Annual report of the Punjab Veterinary College and of the Civil Veterinary Department, Punjab - 1909-1919
Year: 1909
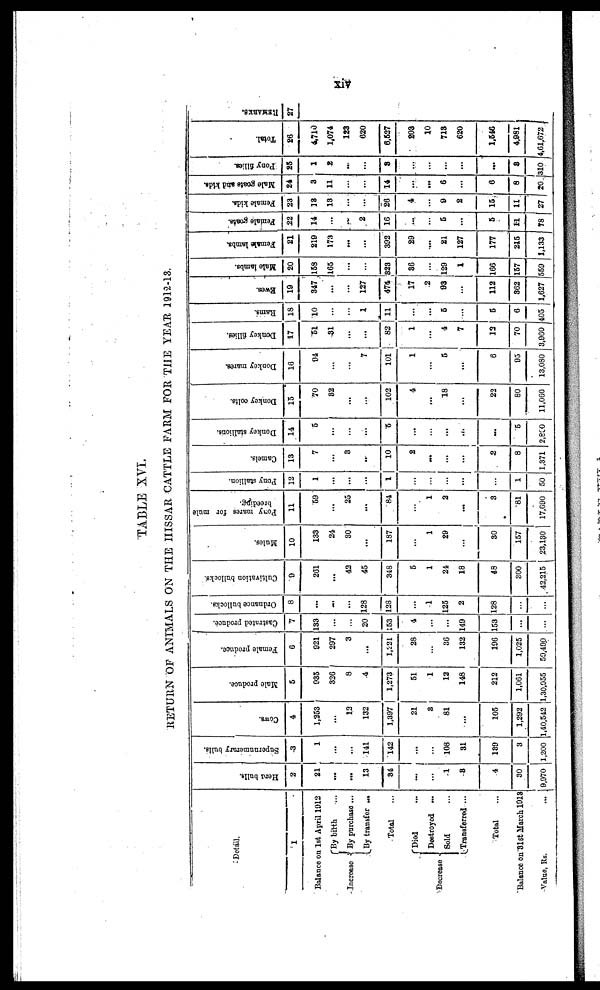
xiv
TABLE XVI.
RETURN OF ANIMALS ON THE HISSAR CATTLE FARM FOR THE YEAR 1912-13.
Detail.
1
Balance on 1st April 1912
Increase
Decrease
By birth ...
By purchase ...
By transfer ...
Total ...
Died ...
Destroyed ...
Sold ...
Transferred ...
Total ...
Balance on 31st March 1918
Value, Rs.
...
Hera balls.
2
21
...
...
13
84
...
...
1
8
4
30
9,970
Supernumerary bulls.
3
1
1
...
...
141
142
...
...
108
31
180
3
1,200
Cows.
4
1,353
...
13
132
1,397
21
8
81
...
105
1,292
1,40,542
Male produce.
5
935
326
8
4
1,273
51
1
12
148
212
1,061
1,30,055
Female produce.
6
921
207
3
...
1,221
28
...
36
132
196
1,025
50,490
Castrated produce.
7
133
...
...
20
153
4
...
...
140
153
...
...
Ordnance bullocks.
8
...
...
...
128
128
...
1
125
2
128
...
...
Cultivation bullocks.
9
261
...
42
45
348
5
1
24
18
48
300
42,215
Mules.
10
133
24
80
...
187
...
1
29
...
30
157
23,130
Pony
mares for mule
breeding.
11
50
...
25
...
84
...
1
2
...
3
81
17,690
Pony stallion.
12
1
...
...
...
1
...
...
...
...
...
1
50
Camels.
13
7
...
8
...
10
2
...
...
...
2
8
1,371
Donkey stallions.
14
5
...
...
...
5
...
...
...
...
...
5
2,800
Donkey colts.
15
70
82
...
...
102
4
...
18
...
22
80
11,060
Donkey mares.
16
94
...
...
7
101
1
...
5
...
6
05
13,080
Donkey fillies.
17
51
31
...
...
82
1
...
4
7
13
70
3,960
Rams.
18
10
...
...
1
11
...
6
...
5
6
405
Ewes.
19
347
...
...
127
474
17
2
03
...
112
862
1,627
Male lambs.
20
153
165
...
823
86
120
1
166
167
550
Female lambs.
21
210
173
...
...
392
29
...
21
127
177
215
1,133
Female goats.
22
14
...
...
2
16
...
...
6
...
5
11
78
Female kids.
23
18
19
...
...
26
4
...
9
2
15
11
27
Male goats and kids.
24
3
11
...
...
14
...
...
6
...
6
8
20
Pony fillies.
25
1
2
...
...
8
...
...
...
...
...
8
310
Total.
26
4,710
1,074
123
620
6,627
203
10
718
620
1,546
4,081
4,61,672
REMARKS.
27